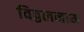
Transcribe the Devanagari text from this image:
विठ्ठलनाम